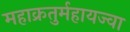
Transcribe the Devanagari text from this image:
महाक्रतुर्महायज्वा